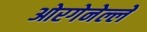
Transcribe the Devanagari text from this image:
ओरगेनेल्ले